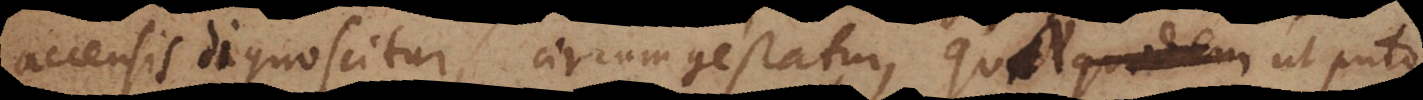
accensis dignoscitur, circumgestatur, quae ut puto